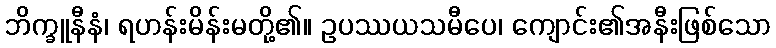
ဘိက္ခူနီနံ၊ ရဟန်းမိန်းမတို့၏။ ဥပဿယသမီပေ၊ ကျောင်း၏အနီးဖြစ်သော